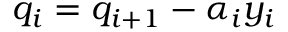
q _ { i } = q _ { i + 1 } - \alpha _ { i } y _ { i }